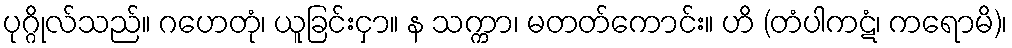
ပုဂ္ဂိုလ်သည်။ ဂဟေတုံ၊ ယူခြင်းငှာ။ န သက္ကာ၊ မတတ်ကောင်း။ ဟိ (တံပါကဋံ၊ ကရောမိ)၊